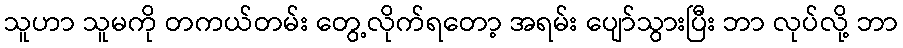
သူဟာ သူမကို တကယ်တမ်း တွေ့လိုက်ရတော့ အရမ်း ပျော်သွားပြီး ဘာ လုပ်လို့ ဘာ